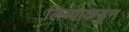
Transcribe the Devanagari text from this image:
लिब्याकडून